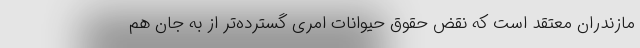
مازندران معتقد است که نقض حقوق حیوانات امری گسترده‌تر از به جان هم